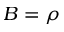
B = \rho